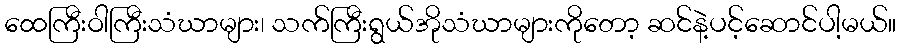
ထေကြီးဝါကြီးသံဃာများ၊ သက်ကြီးရွယ်အိုသံဃာများကိုတော့ ဆင်နဲ့ပင့်ဆောင်ပါ့မယ်။